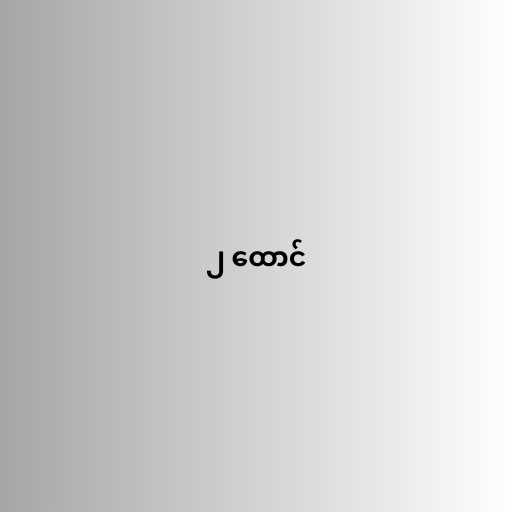
၂ ထောင်